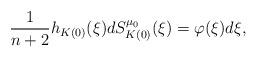
LaTeX: \begin{align*}\frac{1}{n+2}h_{K(0)}(\xi) dS_{K(0)}^{\mu_0}(\xi)=\varphi(\xi)d\xi,\end{align*}